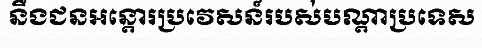
នឹងជនអន្តោរប្រវេសន៍របស់បណ្តាប្រទេស